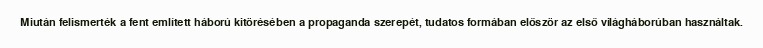
Miután felismerték a fent említett háború kitörésében a propaganda szerepét, tudatos formában először az első világháborúban használtak.